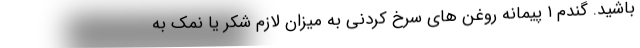
باشید. گندم ۱ پیمانه روغن های سرخ کردنی به میزان لازم شکر یا نمک به